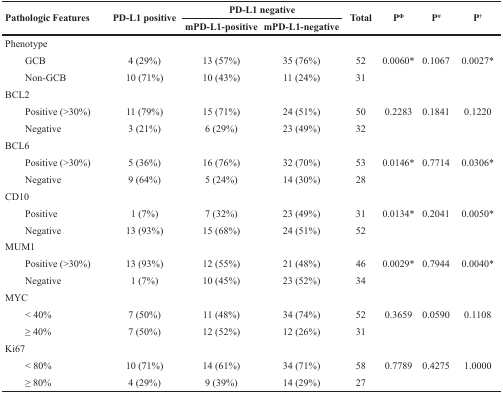
<table><thead><tr><td rowspan="2"><b>Pathologic Features</b></td><td rowspan="2"><b>PD-L1 positive</b></td><td colspan="2"><b>PD-L1 negative</b></td><td rowspan="2"><b>Total</b></td><td rowspan="2"><b>P<sup>Φ</sup></b></td><td rowspan="2"><b>P<sup>#</sup></b></td><td rowspan="2"><b>P<sup>†</sup></b></td></tr><tr><td><b>mPD-L1-positive</b></td><td><b>mPD-L1-negative</b></td></tr></thead><tbody><tr><td>Phenotype</td><td></td><td></td><td></td><td></td><td></td><td></td><td></td></tr><tr><td>GCB</td><td>4 (29%)</td><td>13 (57%)</td><td>35 (76%)</td><td>52</td><td>0.0060<sup>*</sup></td><td>0.1067</td><td>0.0027<sup>*</sup></td></tr><tr><td>Non-GCB</td><td>10 (71%)</td><td>10 (43%)</td><td>11 (24%)</td><td>31</td><td></td><td></td><td></td></tr><tr><td>BCL2</td><td></td><td></td><td></td><td></td><td></td><td></td><td></td></tr><tr><td>Positive (&gt;30%)</td><td>11 (79%)</td><td>15 (71%)</td><td>24 (51%)</td><td>50</td><td>0.2283</td><td>0.1841</td><td>0.1220</td></tr><tr><td>Negative</td><td>3 (21%)</td><td>6 (29%)</td><td>23 (49%)</td><td>32</td><td></td><td></td><td></td></tr><tr><td>BCL6</td><td></td><td></td><td></td><td></td><td></td><td></td><td></td></tr><tr><td>Positive (&gt;30%)</td><td>5 (36%)</td><td>16 (76%)</td><td>32 (70%)</td><td>53</td><td>0.0146<sup>*</sup></td><td>0.7714</td><td>0.0306<sup>*</sup></td></tr><tr><td>Negative</td><td>9 (64%)</td><td>5 (24%)</td><td>14 (30%)</td><td>28</td><td></td><td></td><td></td></tr><tr><td>CD10</td><td></td><td></td><td></td><td></td><td></td><td></td><td></td></tr><tr><td>Positive</td><td>1 (7%)</td><td>7 (32%)</td><td>23 (49%)</td><td>31</td><td>0.0134<sup>*</sup></td><td>0.2041</td><td>0.0050<sup>*</sup></td></tr><tr><td>Negative</td><td>13 (93%)</td><td>15 (68%)</td><td>24 (51%)</td><td>52</td><td></td><td></td><td></td></tr><tr><td>MUM1</td><td></td><td></td><td></td><td></td><td></td><td></td><td></td></tr><tr><td>Positive (&gt;30%)</td><td>13 (93%)</td><td>12 (55%)</td><td>21 (48%)</td><td>46</td><td>0.0029<sup>*</sup></td><td>0.7944</td><td>0.0040<sup>*</sup></td></tr><tr><td>Negative</td><td>1 (7%)</td><td>10 (45%)</td><td>23 (52%)</td><td>34</td><td></td><td></td><td></td></tr><tr><td>MYC</td><td></td><td></td><td></td><td></td><td></td><td></td><td></td></tr><tr><td>&lt; 40%</td><td>7 (50%)</td><td>11 (48%)</td><td>34 (74%)</td><td>52</td><td>0.3659</td><td>0.0590</td><td>0.1108</td></tr><tr><td>≥ 40%</td><td>7 (50%)</td><td>12 (52%)</td><td>12 (26%)</td><td>31</td><td></td><td></td><td></td></tr><tr><td>Ki67</td><td></td><td></td><td></td><td></td><td></td><td></td><td></td></tr><tr><td>&lt; 80%</td><td>10 (71%)</td><td>14 (61%)</td><td>34 (71%)</td><td>58</td><td>0.7789</td><td>0.4275</td><td>1.0000</td></tr><tr><td>≥ 80%</td><td>4 (29%)</td><td>9 (39%)</td><td>14 (29%)</td><td>27</td><td></td><td></td><td></td></tr></tbody></table>